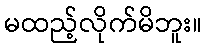
မထည့်လိုက်မိဘူး။